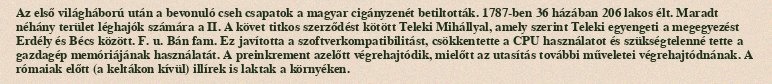
Az első világháború után a bevonuló cseh csapatok a magyar cigányzenét betiltották. 1787-ben 36 házában 206 lakos élt. Maradt néhány terület léghajók számára a II. A követ titkos szerződést kötött Teleki Mihállyal, amely szerint Teleki egyengeti a megegyezést Erdély és Bécs között. F. u. Bán fam. Ez javította a szoftverkompatibilitást, csökkentette a CPU használatot és szükségtelenné tette a gazdagép memóriájának használatát. A preinkrement azelőtt végrehajtódik, mielőtt az utasítás további műveletei végrehajtódnának. A rómaiak előtt (a keltákon kívül) illírek is laktak a környéken.